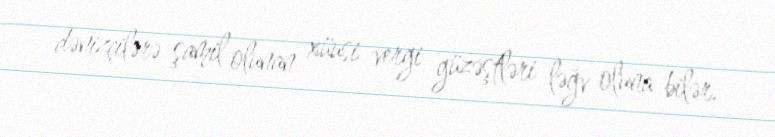
dənizçilərə şamil olunan xüusi vergi güzəştləri ləğv oluna bilər.